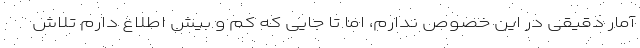
آمار دقیقی در این خصوص ندارم، اما تا جایی که کم و بیش اطلاع دارم تلاش